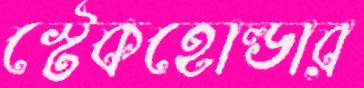
স্টেকহোল্ডার